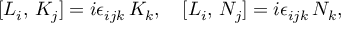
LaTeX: [ L _ { i } , \, K _ { j } ] = i \epsilon _ { i j k } \, K _ { k } , \quad [ L _ { i } , \, N _ { j } ] = i \epsilon _ { i j k } \, N _ { k } ,